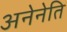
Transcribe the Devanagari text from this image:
अनेनेति